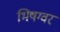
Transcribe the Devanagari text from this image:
भिषग्वर